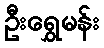
ဦးရွှေမန်း